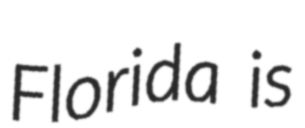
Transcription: Florida is